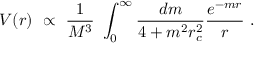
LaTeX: V ( r ) ~ \propto ~ { \frac { 1 } { M ^ { 3 } } } ~ \int _ { 0 } ^ { \infty } { \frac { d m } { 4 + m ^ { 2 } r _ { c } ^ { 2 } } } { \frac { e ^ { - m r } } { r } } ~ .